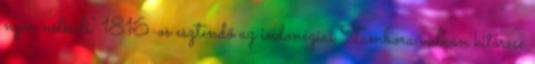
nyár nélküli" 1816-os esztendő az indonéziai Tambora vulkán kitörése